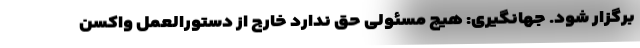
برگزار شود. جهانگیری: هیچ مسئولی حق ندارد خارج از دستورالعمل واکسن